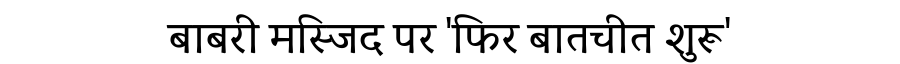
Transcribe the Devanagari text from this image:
बाबरी मस्जिद पर 'फिर बातचीत शुरू'